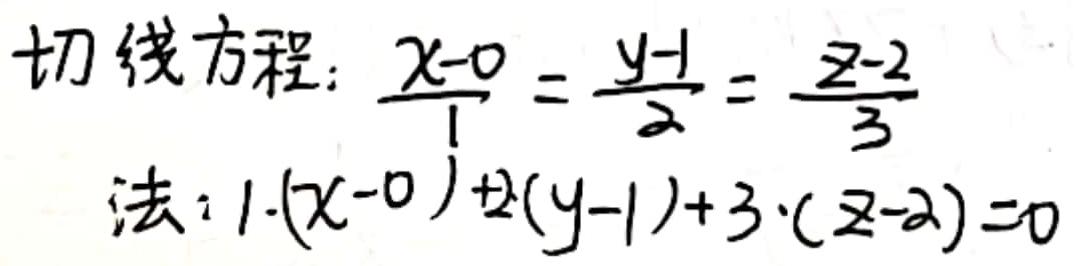
切线方程：$\frac{x - 0}{1} = \frac{y - 1}{2} = \frac{z - 2}{3}$
法：$1 \cdot (x - 0) + 2(y - 1) + 3 \cdot (z - 2) = 0$